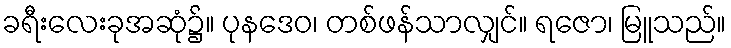
ခရီးလေးခုအဆုံ၌။ ပုနဒေဝ၊ တစ်ဖန်သာလျှင်။ ရဇော၊ မြူသည်။